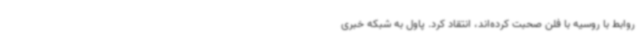
روابط با روسیه با فلن صحبت کرده‌اند، انتقاد کرد. پاول به شبکه خبری